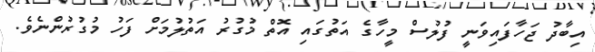
އިބާދު ޖަހާފައިވަނީ ފުލުސް މީހާގެ އަތުގައި އޮތް މުގުރު އަތުލުމަށް ފަހު މުގުރުންނެވެ.